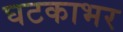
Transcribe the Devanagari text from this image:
घटकाभर